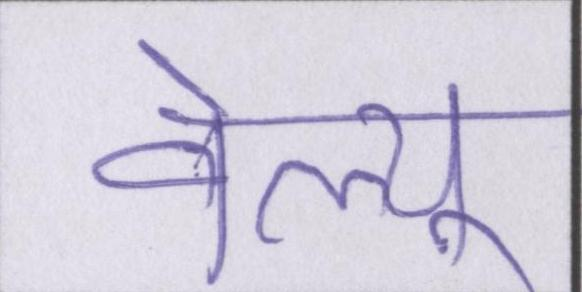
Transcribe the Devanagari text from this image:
वेल्यू